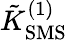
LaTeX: \tilde{K}_{\mathrm{SMS}}^{(1)}